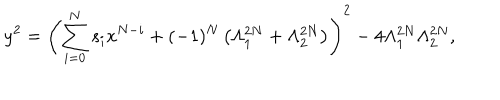
y ^ { 2 } = \left( \sum _ { i = 0 } ^ { N } s _ { i } x ^ { N - i } + ( - 1 ) ^ { N } \left( \Lambda _ { 1 } ^ { 2 N } + \Lambda _ { 2 } ^ { 2 N } \right) \right) ^ { 2 } - 4 \Lambda _ { 1 } ^ { 2 N } \Lambda _ { 2 } ^ { 2 N } ,